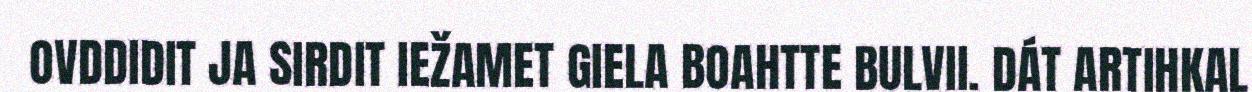
OVDDIDIT JA SIRDIT IEŽAMET GIELA BOAHTTE BULVII. DÁT ARTIHKAL